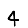
Digit: 4